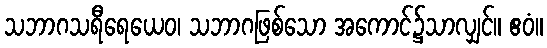
သဘာဂသရီရေယေဝ၊ သဘာဂဖြစ်သော အကောင်၌သာလျှင်။ ဧဝံ။